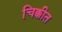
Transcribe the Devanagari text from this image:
चिक्कीत